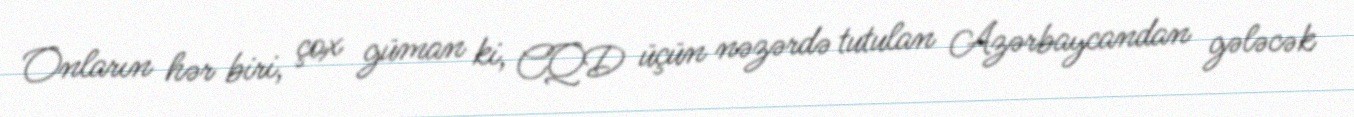
Onların hər biri, çox güman ki, CQD üçün nəzərdə tutulan Azərbaycandan gələcək